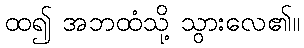
ထ၍ အဘထံသို့ သွားလေ၏။